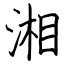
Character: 湘